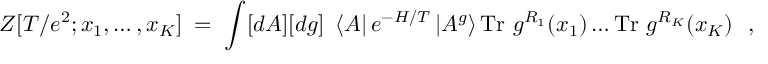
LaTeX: Z [ T / e ^ { 2 } ; x _ { 1 } , \ldots , x _ { K } ] \; = \; \int [ d A ] [ d g ] ~ \left< A \right| e ^ { - H / T } \left| A ^ { g } \right> \mathrm { T r } ~ g ^ { R _ { 1 } } ( x _ { 1 } ) \ldots \mathrm { T r } ~ g ^ { R _ { K } } ( x _ { K } ) ~ ~ ,